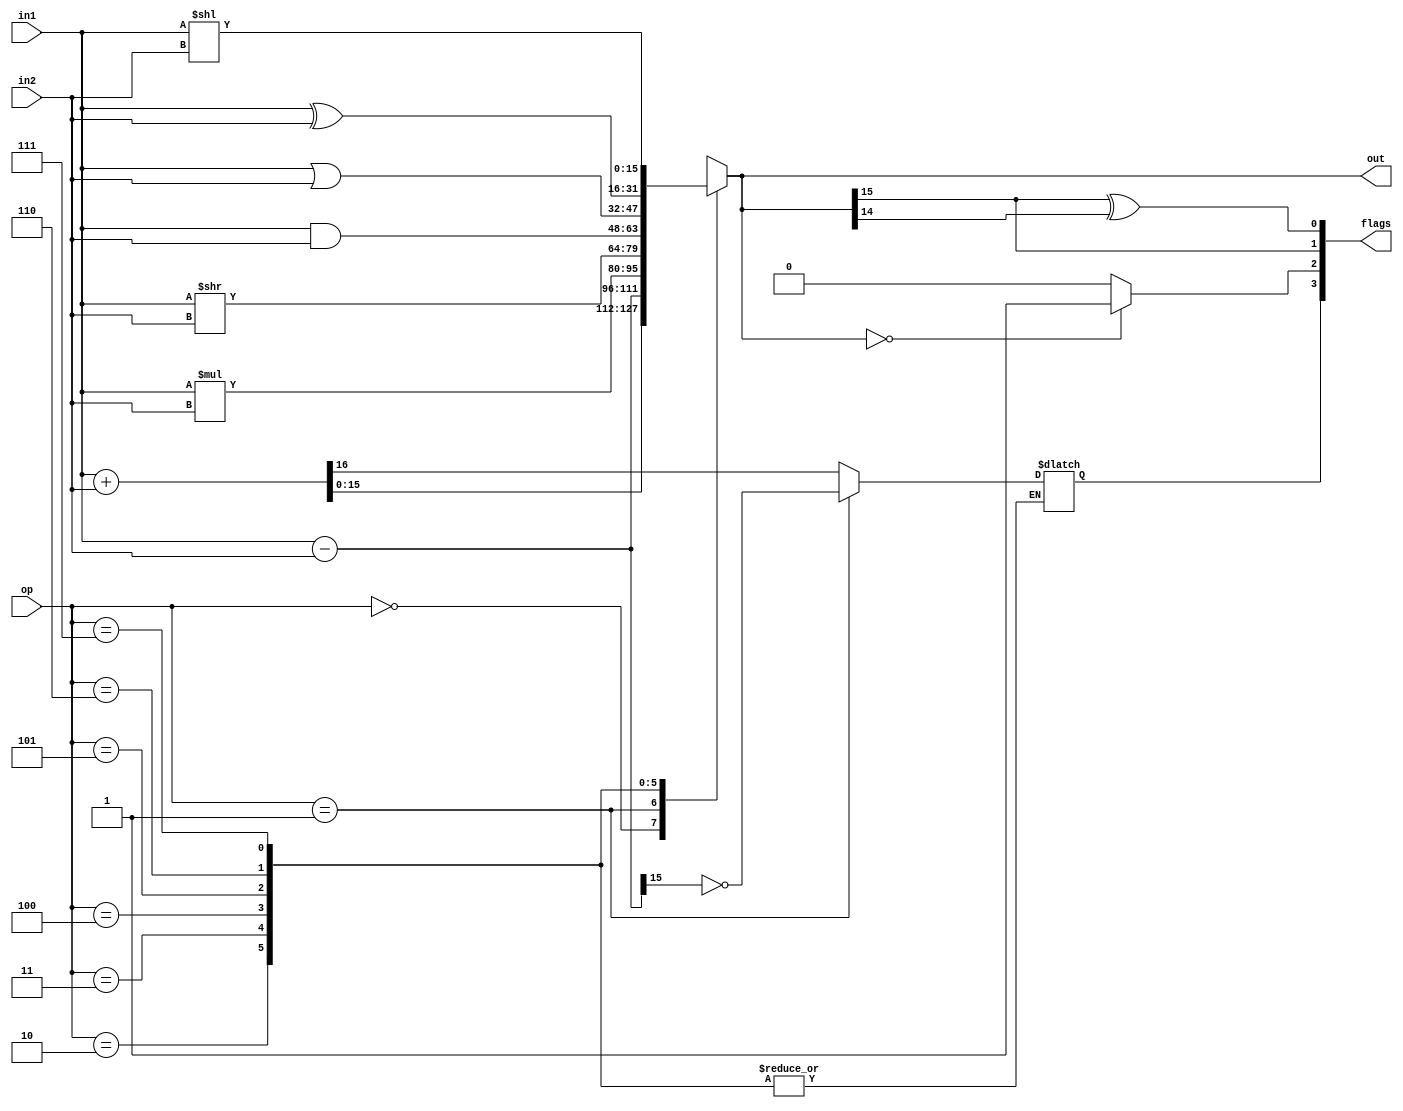
module ALU(
        input [15:0] in1,in2,
        input [2:0] op,
        output [15:0] out,
        output [3:0] flags
    );

    wire z,s,o;
    reg c;
    reg [15:0] val;
    always @(*) begin
        case (op)
            4'b000: {c,val} = in1 + in2;
            4'b001: begin
                val = in1 - in2;
                c = !val[15];
            end
            4'b010: val = in1 * in2;
            4'b011: val = in1 >> in2;
            4'b100: val = in1 & in2;
            4'b101: val = in1 | in2;
            4'b110: val = in1 ^ in2;
            4'b111: val = in1 << in2;
        endcase
    end
    assign o = out[15] ^ out[14];
    assign z = (out == 0)? 1'b1 : 1'b0;
    assign s = out[15];
    assign flags = {c,z,s,o};
    assign out = val;
endmodule